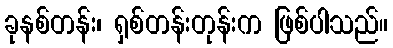
ခုနစ်တန်း၊ ရှစ်တန်းတုန်းက ဖြစ်ပါသည်။